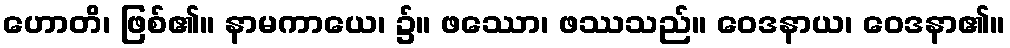
ဟောတိ၊ ဖြစ်၏။ နာမကာယေ၊ ၌။ ဖဿော၊ ဖဿသည်။ ဝေဒနာယ၊ ဝေဒနာ၏။